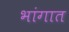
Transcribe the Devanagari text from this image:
भांगात